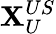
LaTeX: \mathbf{X}_{U}^{US}